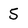
Character: 5